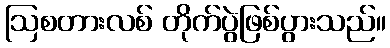
ဩစတားလစ် တိုက်ပွဲဖြစ်ပွားသည်။